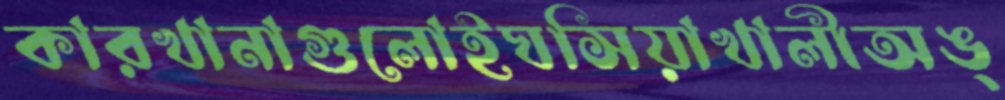
কারখানাগুলোইঘসিয়াখালীঅঙ্